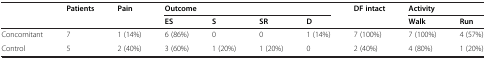
<table><thead><tr><td>[EMPTY_CELL]</td><td><b>Patients</b></td><td><b>Pain</b></td><td colspan="4"><b>Outcome</b></td><td><b>DF intact</b></td><td colspan="2"><b>Activity</b></td></tr><tr><td>[EMPTY_CELL]</td><td>[EMPTY_CELL]</td><td>[EMPTY_CELL]</td><td><b>ES</b></td><td><b>S</b></td><td><b>SR</b></td><td><b>D</b></td><td>[EMPTY_CELL]</td><td><b>Walk</b></td><td><b>Run</b></td></tr></thead><tbody><tr><td>Concomitant</td><td>7</td><td>1 (14%)</td><td>6 (86%)</td><td>0</td><td>0</td><td>1 (14%)</td><td>7 (100%)</td><td>7 (100%)</td><td>4 (57%)</td></tr><tr><td>Control</td><td>5</td><td>2 (40%)</td><td>3 (60%)</td><td>1 (20%)</td><td>1 (20%)</td><td>0</td><td>2 (40%)</td><td>4 (80%)</td><td>1 (20%)</td></tr></tbody></table>